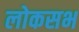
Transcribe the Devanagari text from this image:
लोकसभ